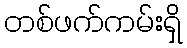
တစ်ဖက်ကမ်းရှိ